Annual report of the Imperial Bacteriological Laboratory, Muktesar
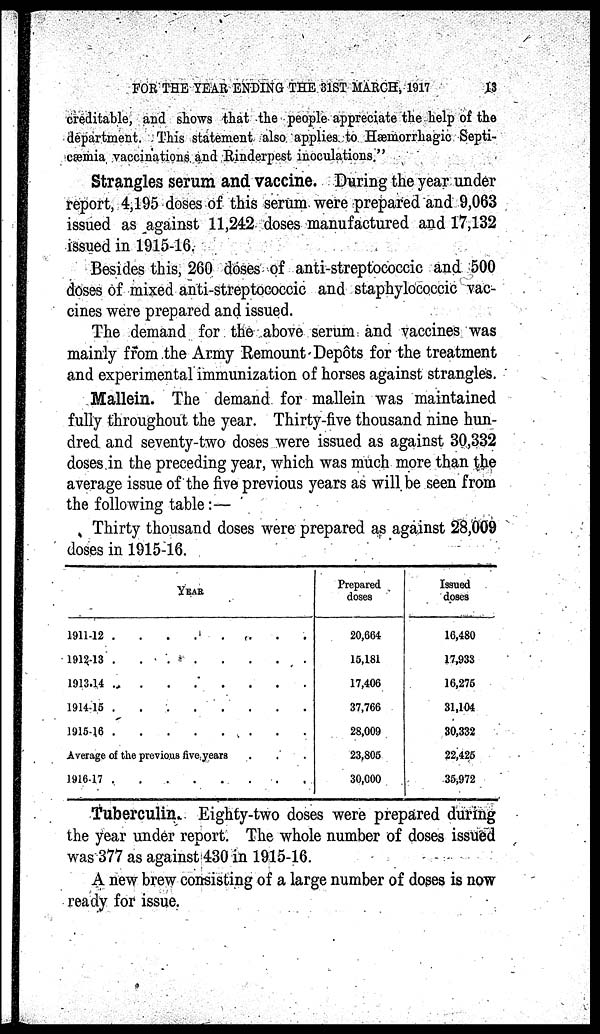
FOR THE YEAR ENDING THE 31ST MARCH, 1917
13
creditable, and shows that the people appreciate the help of the
department. This statement also applies to Hæmorrhagic Septi-
cæmia vaccinations and Rinderpest inoculations."
Strangles serum and vaccine. During the year under
report, 4,195 doses of this serum were prepared and 9,063
issued as against 11,242 doses manufactured and 17,132
issued in 1915-16.
Besides this, 260 doses of anti-streptococcic and 500
doses of mixed anti-streptococcic and staphylococcic vac-
cines were prepared and issued.
The demand for the above serum and vaccines was
mainly from the Army Remount Depôts for the treatment
and experimental immunization of horses against strangles.
Mallein. The demand for mallein was maintained
fully throughout the year. Thirty-five thousand nine hun-
dred and seventy-two doses were issued as against 30,332
doses in the preceding year, which was much more than the
average issue of the five previous years as will be seen from
the following table:—
Thirty thousand doses were prepared as against 28,009
doses in 1915-16.
YEAR
1911-12
1912-13
1913-14
1914-15
1915-16
.
.
.
.
.
.
.
.
.
.
.
.
.
.
.
.
.
.
.
.
.
.
.
.
.
Average of the previous five years
1916-17 .
.
. .
.
.
.
.
.
.
.
.
.
.
.
.
.
.
.
.
.
.
.
.
.
.
Prepared
doses
20,664
15,181
17,406
37,766
28,009
23,805
30,000
Issued
doses
16,480
17,933
16,275
31,104
30,332
22,425
35,972
Tuberculin. Eighty-two doses were prepared during
the year under report. The whole number of doses issued
was 377 as against 430 in 1915-16.
A new brew consisting of a large number of doses is now
ready for issue.